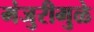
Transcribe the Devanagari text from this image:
मंजुरीमुळे